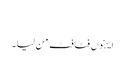
‏
ایہنوں فٹافٹ من لیا۔